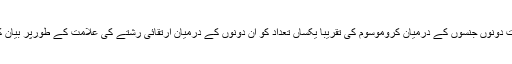
ارتقا پرست دونوں جنسوں کے درمیان کروموسوم کی تقریباً یکساں تعداد کو ان دونوں کے درمیان ارتقائی رشتے کی علامت کے طورپر بیان کرتے ہیں۔